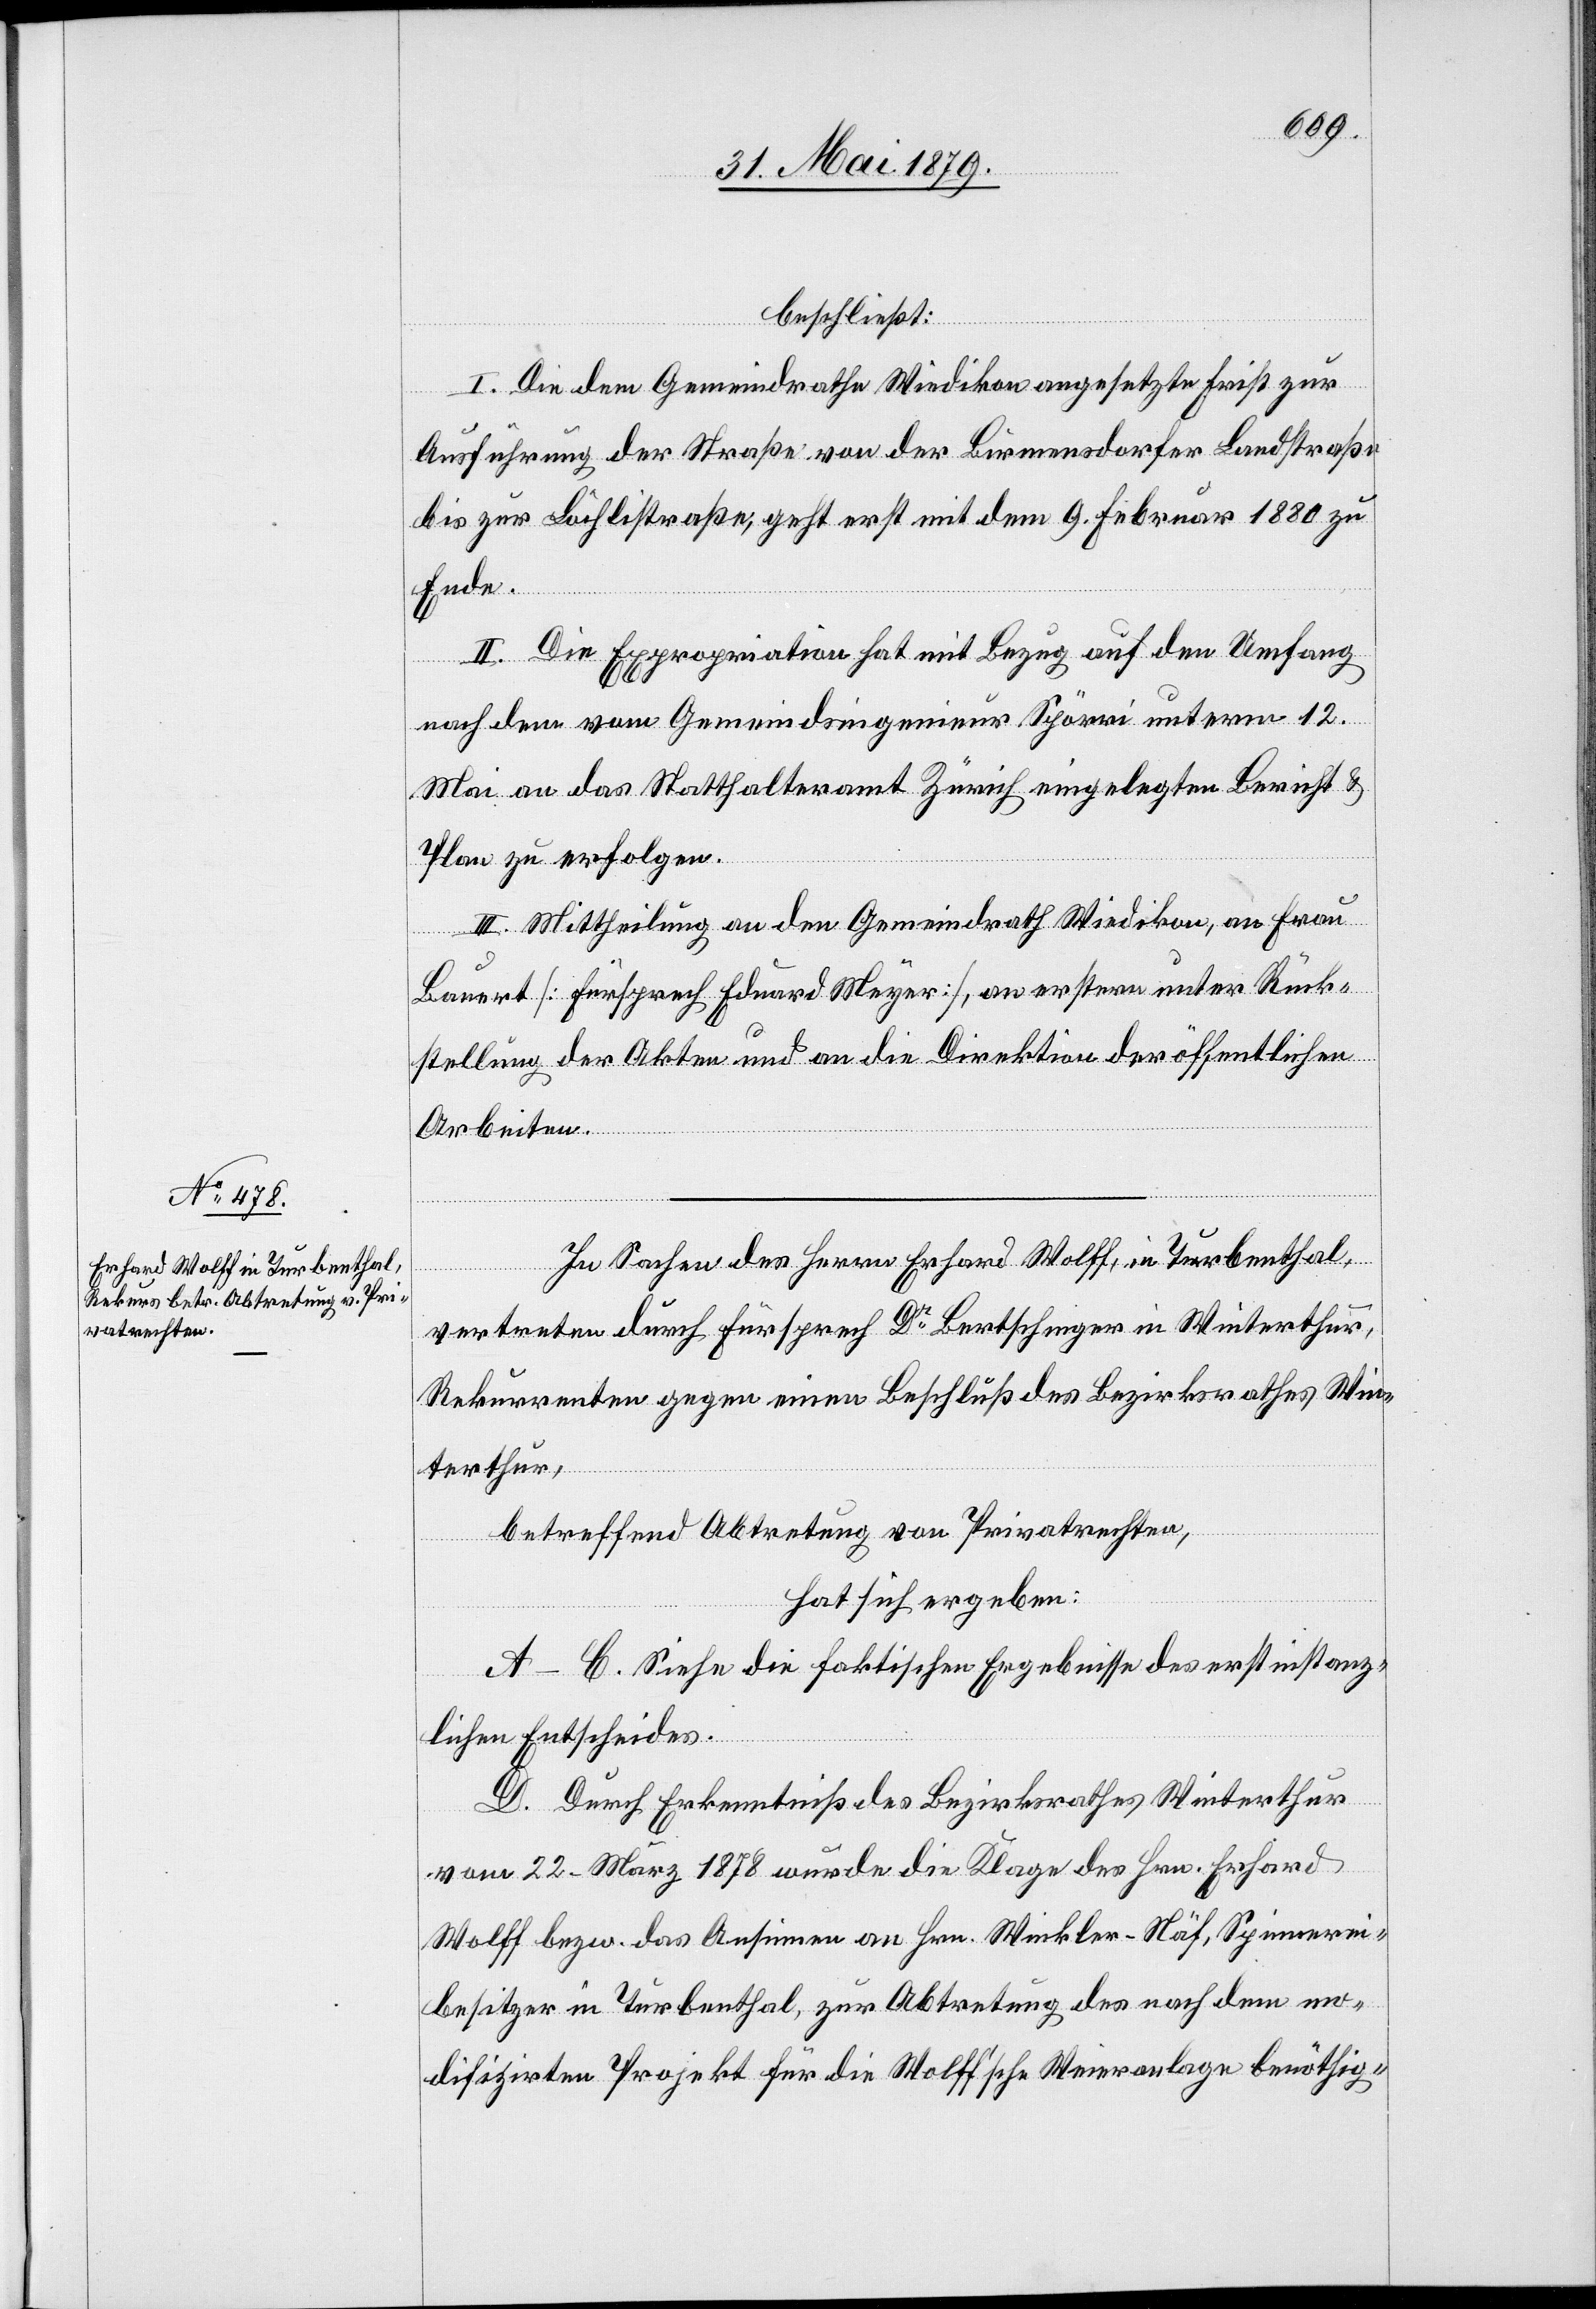
In Sachen des Herrn Erhard Wolff, in Turbenthal,
vertreten durch Fürsprech Dr Bertschinger in Winterthur,
Rekurrenten gegen einen Beschluß des Bezirksrathes Win¬
terthur,
betreffend Abtretung von Privatrechten,
hat sich ergeben:
A–C. Siehe die faktischen Ergebnisse des erstinstanz¬
lichen Entscheides.
D. Durch Erkenntniß des Bezirksrathes Winterthur
vom 22. März 1878 wurde die Klage des Hrn. Erhard
Wolff bezw. das Ansinnen an Hrn. Winkler-Näf, Spinnerei¬
besitzer in Turbenthal, zur Abtretung des nach dem mo¬
difizirten Projekt für die Wolff’sche Weieranlage benöthig-